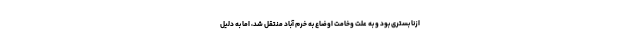
ازنا بستری بود و به علت وخامت اوضاع به خرم آباد منتقل شد، اما به دلیل